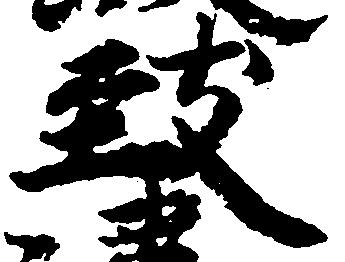
致